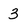
Character: 3